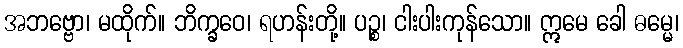
အဘဗ္ဗော၊ မထိုက်။ ဘိက္ခဝေ၊ ရဟန်းတို့။ ပဉ္စ၊ ငါးပါးကုန်သော။ ဣမေ ခေါ ဓမ္မေ၊